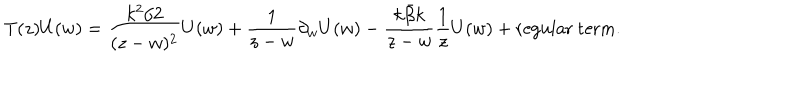
T ( z ) U ( w ) = \frac { k ^ { 2 } / 2 } { ( z - w ) ^ { 2 } } U ( w ) + \frac { 1 } { z - w } \partial _ { w } U ( w ) - \frac { k \bar { \beta } k } { z - w } \frac { 1 } { z } U ( w ) + \textrm { r e g u l a r t e r m } .